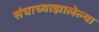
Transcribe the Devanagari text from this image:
संघाच्याझालेल्या